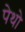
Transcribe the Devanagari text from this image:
पेथो